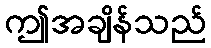
ဤအချိန်သည်